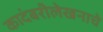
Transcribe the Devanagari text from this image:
कादंबरीलेखनाचे